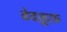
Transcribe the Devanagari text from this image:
बेवकू़फ़